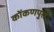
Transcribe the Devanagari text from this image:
कोंकणपुरा